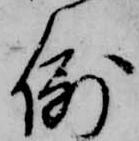
例